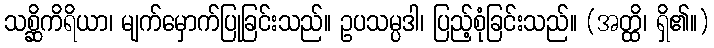
သစ္ဆိကိရိယာ၊ မျက်မှောက်ပြုခြင်းသည်။ ဥပသမ္ပဒါ၊ ပြည့်စုံခြင်းသည်။ (အတ္ထိ၊ ရှိ၏။)